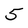
Character: 5